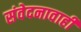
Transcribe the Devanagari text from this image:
संवेदनावाही